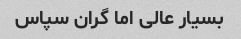
بسیار عالی اما گران سپاس